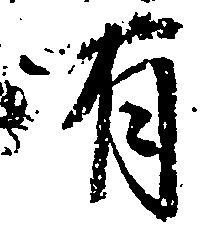
有